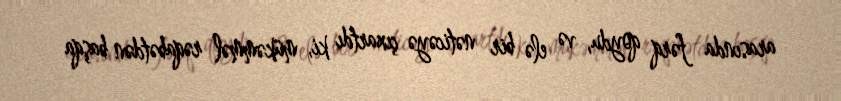
arasında fərq qoydu, və elə bir nəticəyə çıxartdı ki, mükəmməl rəqabətdən başqa